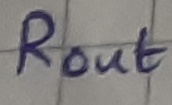
Text: ROUT